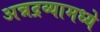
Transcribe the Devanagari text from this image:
अन्नद्रव्यामध्ये